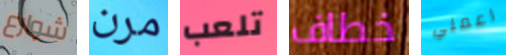
شوارع مرن تلعب خطاف اعملي